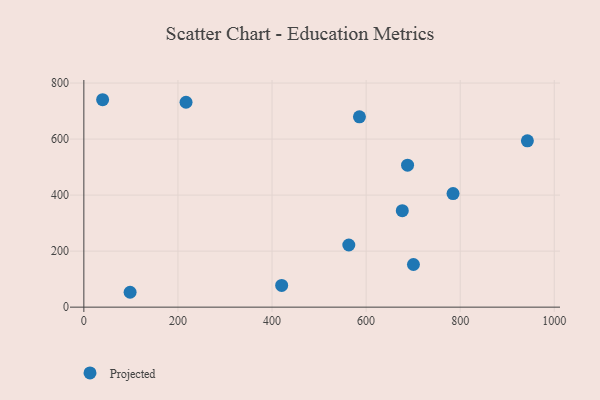
{"axis": {"x": "Price", "y": "Fuel Efficiency"}, "legend": ["Projected"], "data": [{"x": "98.3", "y": 53.1, "type": "Projected"}, {"x": "39.9", "y": 740.5, "type": "Projected"}, {"x": "700.6", "y": 152.3, "type": "Projected"}, {"x": "217.2", "y": 731.4, "type": "Projected"}, {"x": "585.8", "y": 679.6, "type": "Projected"}, {"x": "420.5", "y": 77.7, "type": "Projected"}, {"x": "563.2", "y": 221.8, "type": "Projected"}, {"x": "942.8", "y": 593.8, "type": "Projected"}, {"x": "676.9", "y": 344.3, "type": "Projected"}, {"x": "688.1", "y": 506.8, "type": "Projected"}, {"x": "784.8", "y": 405.6, "type": "Projected"}]}